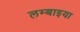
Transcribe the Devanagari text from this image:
लम्बाइया